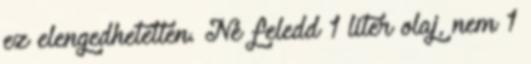
ez elengedhetetlen. Ne feledd 1 liter olaj, nem 1